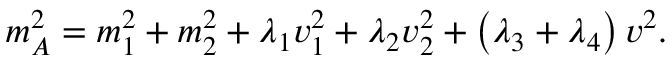
m _ { A } ^ { 2 } = m _ { 1 } ^ { 2 } + m _ { 2 } ^ { 2 } + \lambda _ { 1 } v _ { 1 } ^ { 2 } + \lambda _ { 2 } v _ { 2 } ^ { 2 } + \left( \lambda _ { 3 } + \lambda _ { 4 } \right) v ^ { 2 } .